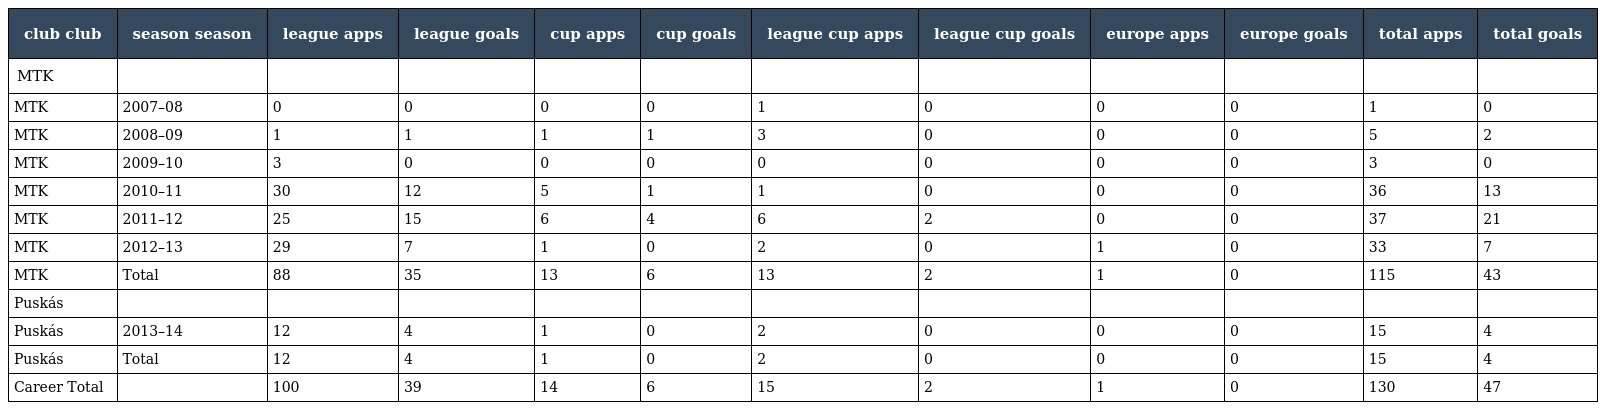
| club club | season season | league apps | league goals | cup apps | cup goals | league cup apps | league cup goals | europe apps | europe goals | total apps | total goals |
 | --- | --- | --- | --- | --- | --- | --- | --- | --- | --- | --- | --- |
 | MTK |  |  |  |  |  |  |  |  |  |  |  |
 | MTK | 2007–08 | 0 | 0 | 0 | 0 | 1 | 0 | 0 | 0 | 1 | 0 |
 | MTK | 2008–09 | 1 | 1 | 1 | 1 | 3 | 0 | 0 | 0 | 5 | 2 |
 | MTK | 2009–10 | 3 | 0 | 0 | 0 | 0 | 0 | 0 | 0 | 3 | 0 |
 | MTK | 2010–11 | 30 | 12 | 5 | 1 | 1 | 0 | 0 | 0 | 36 | 13 |
 | MTK | 2011–12 | 25 | 15 | 6 | 4 | 6 | 2 | 0 | 0 | 37 | 21 |
 | MTK | 2012–13 | 29 | 7 | 1 | 0 | 2 | 0 | 1 | 0 | 33 | 7 |
 | MTK | Total | 88 | 35 | 13 | 6 | 13 | 2 | 1 | 0 | 115 | 43 |
 | Puskás |  |  |  |  |  |  |  |  |  |  |  |
 | Puskás | 2013–14 | 12 | 4 | 1 | 0 | 2 | 0 | 0 | 0 | 15 | 4 |
 | Puskás | Total | 12 | 4 | 1 | 0 | 2 | 0 | 0 | 0 | 15 | 4 |
 | Career Total |  | 100 | 39 | 14 | 6 | 15 | 2 | 1 | 0 | 130 | 47 |